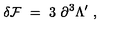
\delta { \cal F } \ = \ 3 \ \partial ^ { 3 } \Lambda ^ { \prime } \ ,